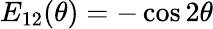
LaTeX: E_{12}(\theta)=-\cos 2\theta